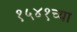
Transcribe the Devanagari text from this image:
१५४१च्या